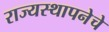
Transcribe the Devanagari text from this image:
राज्यस्थापनेचे